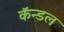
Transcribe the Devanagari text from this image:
कॅन्डल